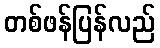
တစ်ဖန်ပြန်လည်